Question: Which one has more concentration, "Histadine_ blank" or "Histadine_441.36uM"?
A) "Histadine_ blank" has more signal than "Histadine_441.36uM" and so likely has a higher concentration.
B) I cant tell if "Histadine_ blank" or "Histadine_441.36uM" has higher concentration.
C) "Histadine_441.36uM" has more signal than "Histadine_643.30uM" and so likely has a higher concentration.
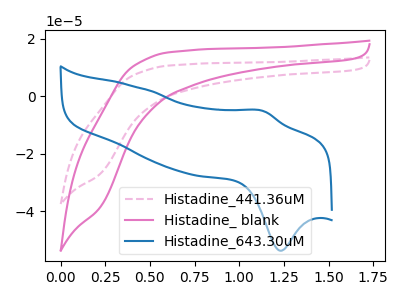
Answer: <think>The pink dashed curve "Histadine_441.36uM" has no peaks. The pink curve "Histadine_ blank" has no peaks. The blue curve "Histadine_643.30uM" has an anodic peak at (1.15V, -5.15uA) and a cathodic peak at (1.25V, -53.75uA).
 Neither "Histadine_ blank" or "Histadine_441.36uM" have any peaks.</think>
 <answer>B) I cant tell if "Histadine_ blank" or "Histadine_441.36uM" has higher concentration.</answer>
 <eval>B</eval>